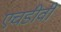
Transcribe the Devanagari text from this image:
एचडीवी